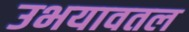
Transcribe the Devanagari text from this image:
उभयावतल